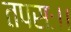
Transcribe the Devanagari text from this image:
तपसः।।